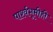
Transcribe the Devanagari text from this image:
पार्श्वभूमीही